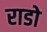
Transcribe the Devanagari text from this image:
राडो